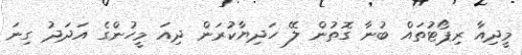
މީދިއާ ރިޕޯޓުތައް ބުނާ ގޮތުން ލޭ ހަދިޔާކުރަން ދިއަ މީހުންގެ އަދަދު ގިނަ